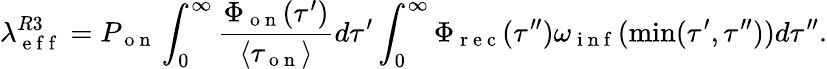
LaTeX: \lambda_{\mathrm{~e~f~f~}}^{R3}=P_{\mathrm{~o~n~}}\int_{0}^{\infty}\frac{\Phi_{\mathrm{~o~n~}}(\tau^{\prime})}{\langle\tau_{\mathrm{~o~n~}}\rangle}d\tau^{\prime}\int_{0}^{\infty}\Phi_{\mathrm{~r~e~c~}}(\tau^{\prime\prime})\omega_{\mathrm{~i~n~f~}}(\operatorname*{min}(\tau^{\prime},\tau^{\prime\prime}))d\tau^{\prime\prime}.